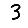
Digit: 3